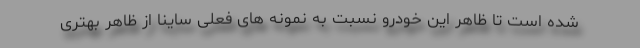
شده است تا ظاهر این خودرو نسبت به نمونه های فعلی ساینا از ظاهر بهتری